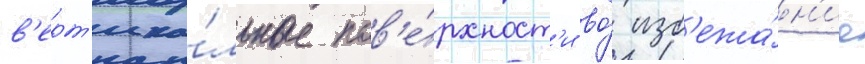
в'ерт'ика́льные пов'е́рхност'и во́ изб'ежа́н'ие